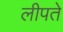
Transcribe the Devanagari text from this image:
लीपते